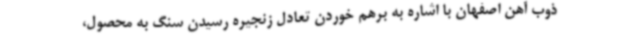
ذوب آهن اصفهان با اشاره به برهم خوردن تعادل زنجیره رسیدن سنگ به محصول،